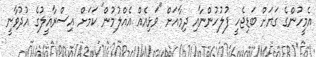
އެމީހުންގެ ގަޔަށް ބަޑިޖެހީ ފުލުހުންނާއި ދިމާއަށް "ވަޅިއެއް އެއްލުމުން" ކަމަށް އިސްރާއީލުގެ އުދުވާނީ